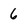
Character: 6